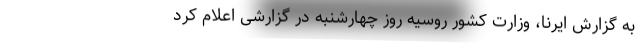
به گزارش ایرنا، وزارت کشور روسیه روز چهارشنبه در گزارشی اعلام کرد